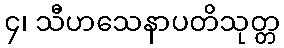
၄၊ သီဟသေနာပတိသုတ္တ